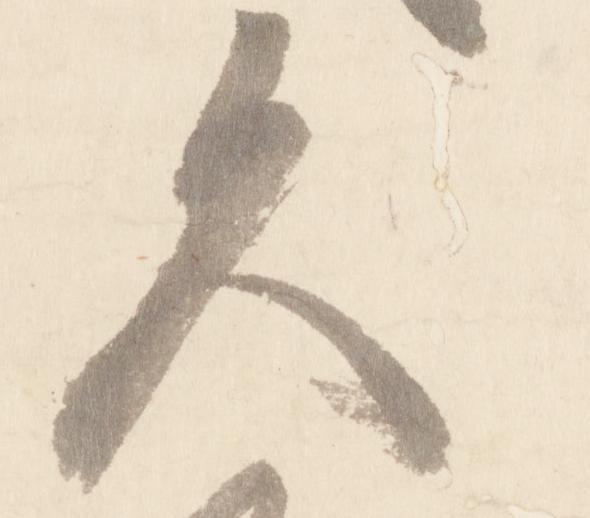
久